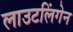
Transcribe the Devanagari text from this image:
लाउटलिंगेन